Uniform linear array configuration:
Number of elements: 32
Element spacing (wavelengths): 0.25
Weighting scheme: exponential
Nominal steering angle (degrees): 60
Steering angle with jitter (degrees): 60.979
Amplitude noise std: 0.05
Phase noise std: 0.05

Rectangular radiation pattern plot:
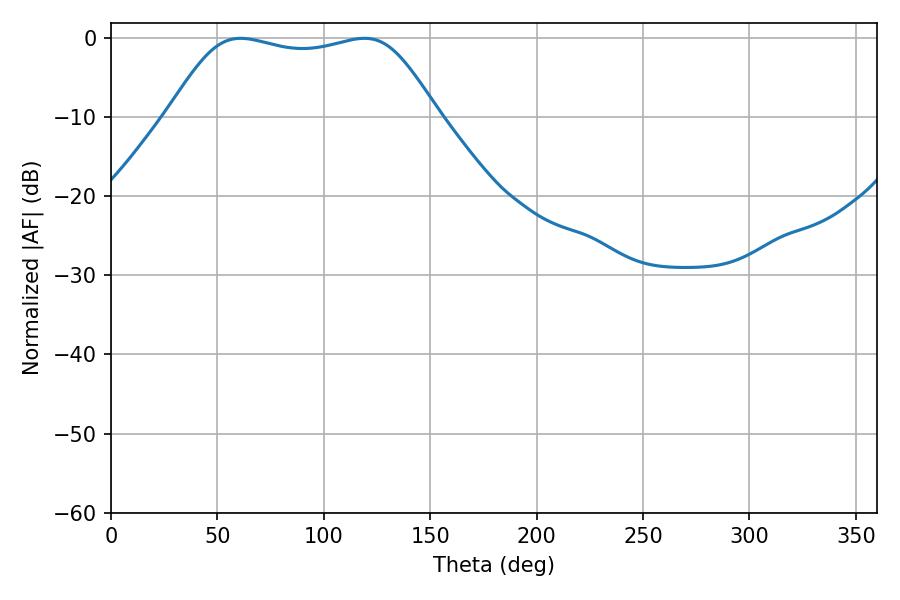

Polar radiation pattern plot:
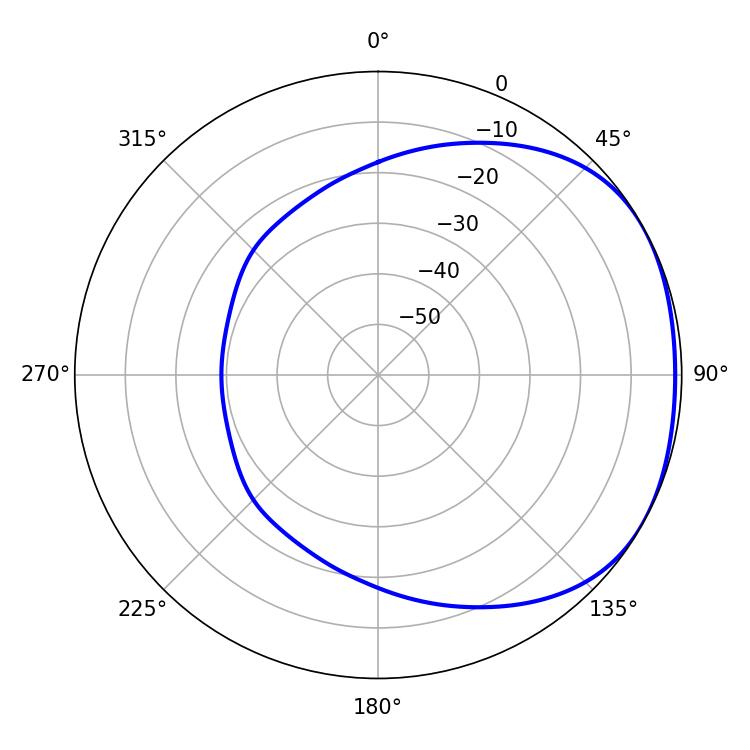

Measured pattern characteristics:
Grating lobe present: FALSE
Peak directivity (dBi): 1.69
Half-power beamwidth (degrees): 95.76
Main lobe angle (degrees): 60.84